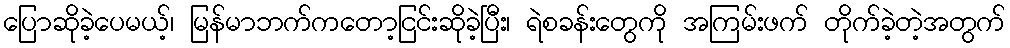
ပြောဆိုခဲ့ပေမယ့်၊ မြန်မာဘက်ကတော့ငြင်းဆိုခဲ့ပြီး၊ ရဲစခန်းတွေကို အကြမ်းဖက် တိုက်ခဲ့တဲ့အတွက်